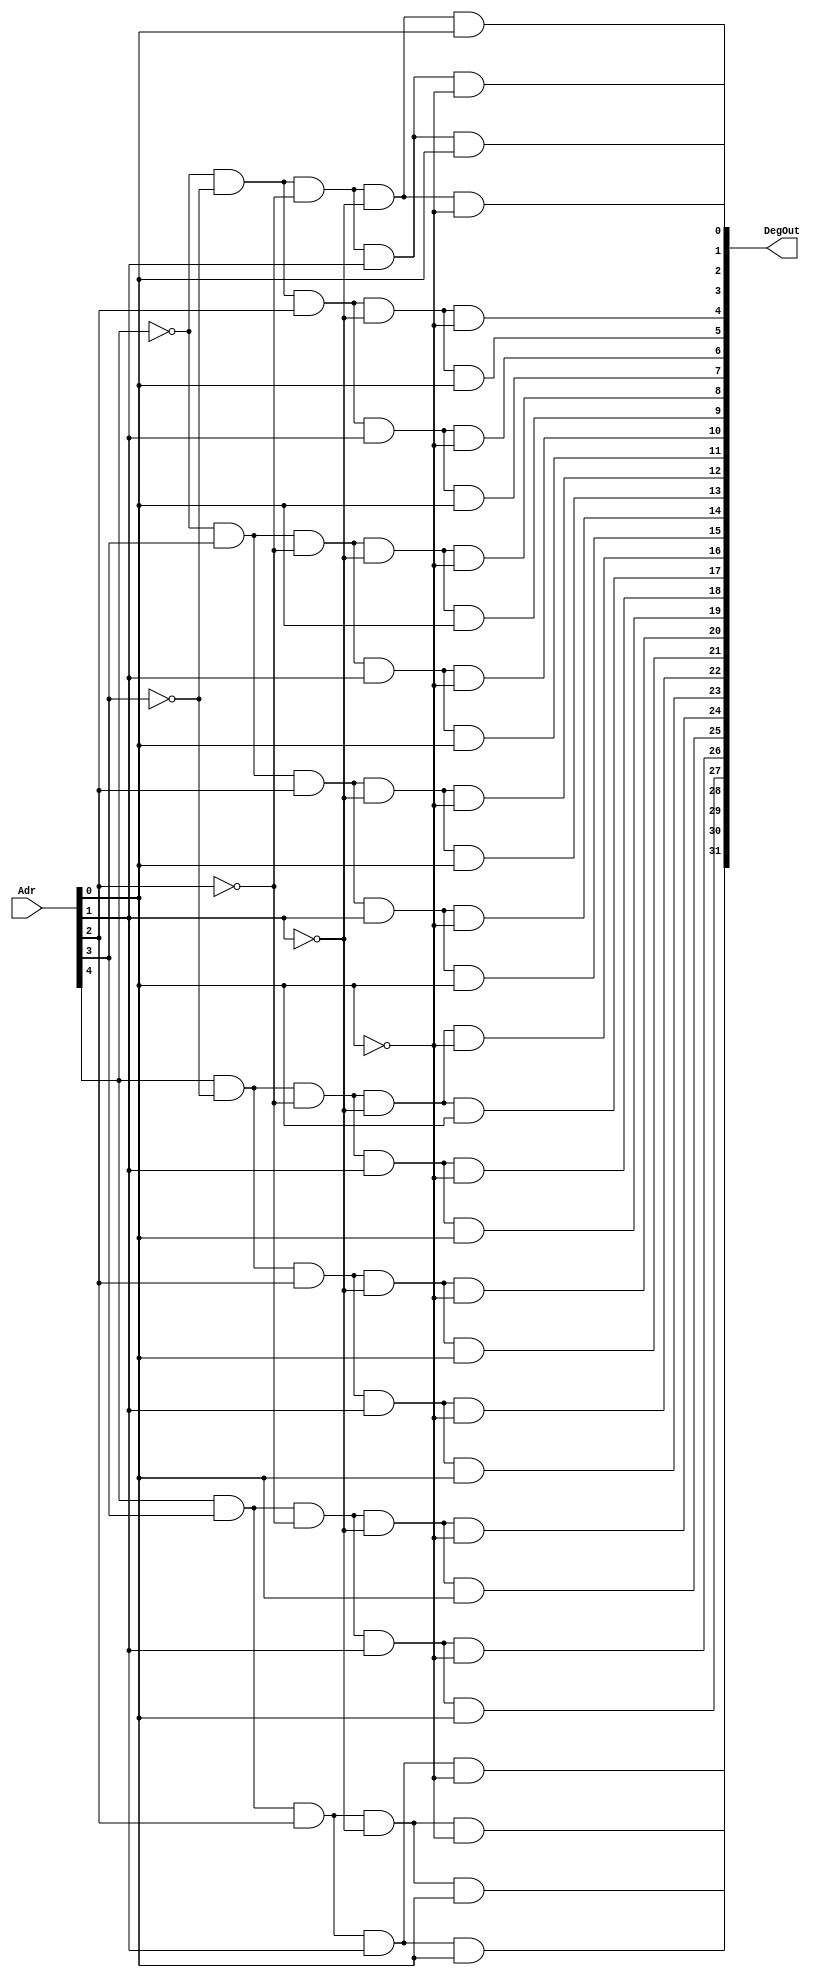
`timescale 1ns / 1ps
//////////////////////////////////////////////////////////////////////////////////
// Company: 
// Engineer: 
// 
// Design Name: 
// Module Name:    Decoder_5_to_32 
// Project Name: 
// Target Devices: 
// Tool versions: 
// Description: 
//
// Dependencies: 
//
// Revision: 
// Revision 0.01 - File Created
// Additional Comments: 
//
//////////////////////////////////////////////////////////////////////////////////
module Decoder_5_to_32(
    output wire [31:0] DegOut, //Decoder Output
		input wire [4:0] Adr); // Adr=Address of register
		
		
		assign DegOut[0] = ~Adr[4] & ~Adr[3] & ~Adr[2] & ~Adr[1] & ~Adr[0]; //00000
		assign DegOut[1] = ~Adr[4] & ~Adr[3] & ~Adr[2] & ~Adr[1] &  Adr[0]; //00001
		assign DegOut[2] = ~Adr[4] & ~Adr[3] & ~Adr[2] &  Adr[1] & ~Adr[0]; //00010
		assign DegOut[3] = ~Adr[4] & ~Adr[3] & ~Adr[2] &  Adr[1] &  Adr[0]; //00011
		assign DegOut[4] = ~Adr[4] & ~Adr[3] &  Adr[2] & ~Adr[1] & ~Adr[0]; //00100
		assign DegOut[5] = ~Adr[4] & ~Adr[3] &  Adr[2] & ~Adr[1] &  Adr[0]; //00101
		assign DegOut[6] = ~Adr[4] & ~Adr[3] &  Adr[2] &  Adr[1] & ~Adr[0]; //00110
		assign DegOut[7] = ~Adr[4] & ~Adr[3] &  Adr[2] &  Adr[1] &  Adr[0]; //00111
		assign DegOut[8] = ~Adr[4] &  Adr[3] & ~Adr[2] & ~Adr[1] & ~Adr[0]; //01000
		assign DegOut[9] = ~Adr[4] &  Adr[3] & ~Adr[2] & ~Adr[1] &  Adr[0]; //01001
		assign DegOut[10] = ~Adr[4] &  Adr[3] & ~Adr[2] &  Adr[1] & ~Adr[0]; //01010
		assign DegOut[11] = ~Adr[4] &  Adr[3] & ~Adr[2] &  Adr[1] &  Adr[0]; //01011
		assign DegOut[12] = ~Adr[4] &  Adr[3] &  Adr[2] & ~Adr[1] & ~Adr[0]; //01100
		assign DegOut[13] = ~Adr[4] &  Adr[3] &  Adr[2] & ~Adr[1] &  Adr[0]; //01101
		assign DegOut[14] = ~Adr[4] &  Adr[3] &  Adr[2] &  Adr[1] & ~Adr[0]; //01110
		assign DegOut[15] = ~Adr[4] &  Adr[3] &  Adr[2] &  Adr[1] &  Adr[0]; //01111
		assign DegOut[16] =  Adr[4] & ~Adr[3] & ~Adr[2] & ~Adr[1] & ~Adr[0]; //10000
		assign DegOut[17] =  Adr[4] & ~Adr[3] & ~Adr[2] & ~Adr[1] &  Adr[0]; //10001
		assign DegOut[18] =  Adr[4] & ~Adr[3] & ~Adr[2] &  Adr[1] & ~Adr[0]; //10010
		assign DegOut[19] =  Adr[4] & ~Adr[3] & ~Adr[2] &  Adr[1] &  Adr[0]; //10011
		assign DegOut[20] =  Adr[4] & ~Adr[3] &  Adr[2] & ~Adr[1] & ~Adr[0]; //10100
		assign DegOut[21] =  Adr[4] & ~Adr[3] &  Adr[2] & ~Adr[1] &  Adr[0]; //10101
		assign DegOut[22] =  Adr[4] & ~Adr[3] &  Adr[2] &  Adr[1] & ~Adr[0]; //10110
		assign DegOut[23] =  Adr[4] & ~Adr[3] &  Adr[2] &  Adr[1] &  Adr[0]; //10111
		assign DegOut[24] =  Adr[4] &  Adr[3] & ~Adr[2] & ~Adr[1] & ~Adr[0]; //11000
		assign DegOut[25] =  Adr[4] &  Adr[3] & ~Adr[2] & ~Adr[1] &  Adr[0]; //11001
		assign DegOut[26] =  Adr[4] &  Adr[3] & ~Adr[2] &  Adr[1] & ~Adr[0]; //11010
		assign DegOut[27] =  Adr[4] &  Adr[3] & ~Adr[2] &  Adr[1] &  Adr[0]; //11011
		assign DegOut[28] =  Adr[4] &  Adr[3] &  Adr[2] & ~Adr[1] & ~Adr[0]; //11100
		assign DegOut[29] =  Adr[4] &  Adr[3] &  Adr[2] & ~Adr[1] &  Adr[0]; //11101
		assign DegOut[30] =  Adr[4] &  Adr[3] &  Adr[2] &  Adr[1] & ~Adr[0]; //11110
		assign DegOut[31] =  Adr[4] &  Adr[3] &  Adr[2] &  Adr[1] &  Adr[0]; //11111


endmodule